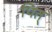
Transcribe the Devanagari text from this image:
पित्‌